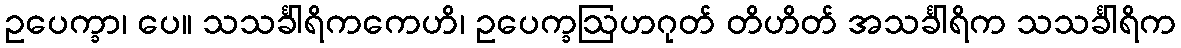
ဥပေက္ခာ၊ ပေ။ သသင်္ခါရိကကေဟိ၊ ဥပေက္ခဩဟဂုတ် တိဟိတ် အသင်္ခါရိက သသင်္ခါရိက